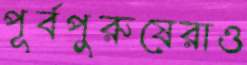
পূর্বপুরুষেরাও